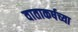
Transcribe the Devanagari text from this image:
वाताकर्षच्या